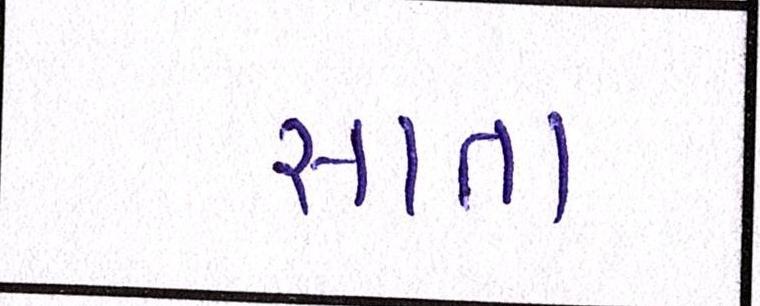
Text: સાતા